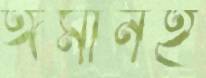
ঈমানই